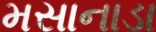
મસાનાડા